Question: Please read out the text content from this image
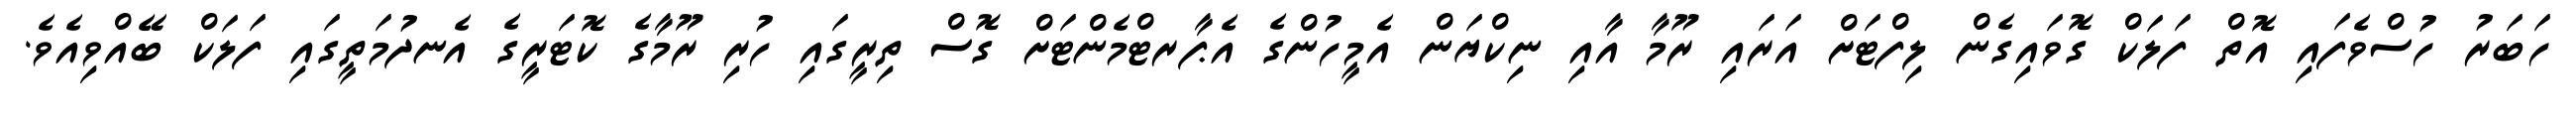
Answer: ހަބަރު ހުސްވެފައި އޮތް ފަލަކް ގޮވައިގެން ލިފްޓަށް އަރައި ރޫމާ އާއި ނިކްޔަން އެމީހުންގެ އެޕާރޓްމެންޓަށް ގޮސް ތިރީގައި ހުރި ރޫމާގެ ކޮޓަރީގެ އެނދުމަތީގައި ފަލަކް ބޭއްވިއެވެ.